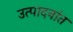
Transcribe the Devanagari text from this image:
उत्पादनांत